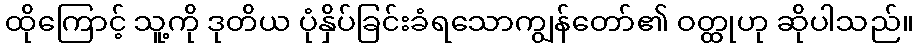
ထိုကြောင့် သူ့ကို ဒုတိယ ပုံနှိပ်ခြင်းခံရသောကျွန်တော်၏ ဝတ္ထုဟု ဆိုပါသည်။